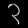
Digit: ၃